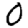
Digit: 0